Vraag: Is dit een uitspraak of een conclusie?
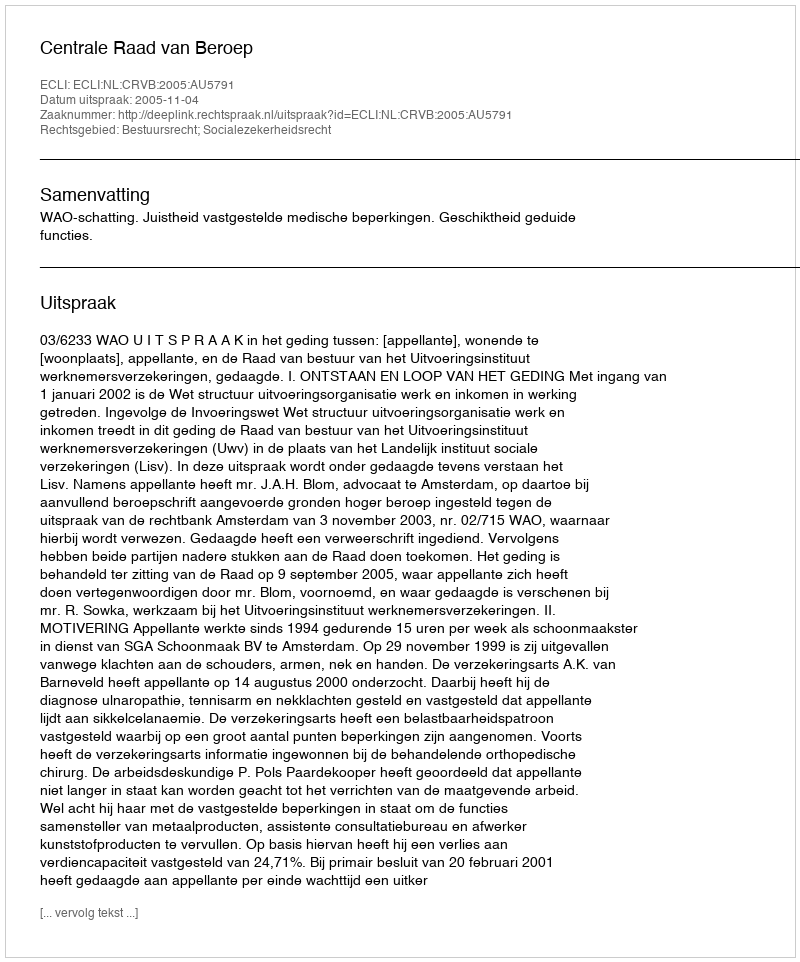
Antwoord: Uitspraak